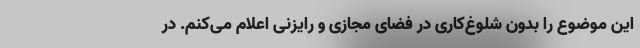
این موضوع را بدون شلوغ‌کاری در فضای مجازی و رایزنی اعلام می‌کنم. در